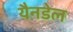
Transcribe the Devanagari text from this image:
यैनडेल